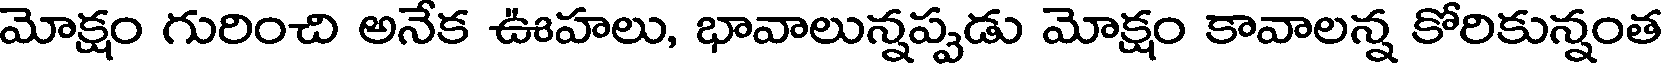
మోక్షం గురించి అనేక ఊహలు, భావాలున్నప్పడు మోక్షం కావాలన్న కోరికున్నంత